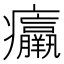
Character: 𤼘